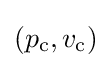
(p_{\text{c}},v_{\text{c}})